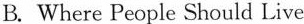
B. Where People Should Live